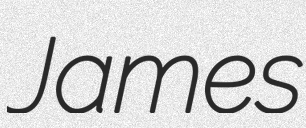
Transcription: James